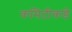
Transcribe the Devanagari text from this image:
कमिटीकडे